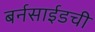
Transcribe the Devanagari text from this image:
बर्नसाईडची